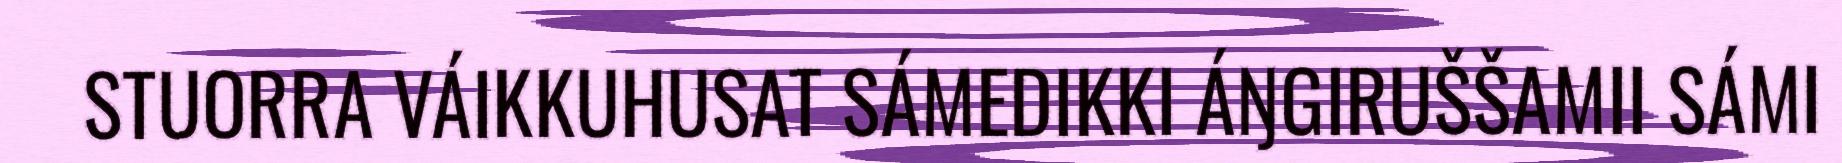
STUORRA VÁIKKUHUSAT SÁMEDIKKI ÁŊGIRUŠŠAMII SÁMI